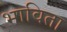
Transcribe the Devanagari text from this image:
भाविता